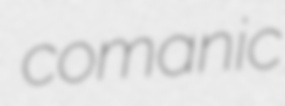
comanic